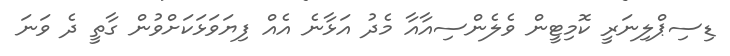
ޑިސިޕްލިނަރީ ކޮމިޓީން ވެލެންސިއާއާ މެދު އަޅާނެ އެއް ފިޔަވަޅަކަށްވުން ގާތީ ދެ ވަނަ